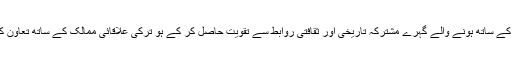
اسٹریٹجک حیثیت سے ہو خواہ یوریشیائی ممالک کے ساتھ ہونے والے گہرے مشترکہ تاریخی اور ثقافتی روابط سے تقویت حاصل کر کے ہو ترکی علاقائی ممالک کے ساتھ تعاون کی صلاحیت کو بڑھانے کے لئے کام کر رہا ہے۔